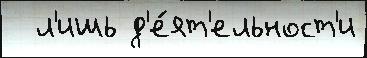
  л'ишь д'е́ят'ельност'и